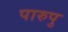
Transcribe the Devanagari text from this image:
पारुपु